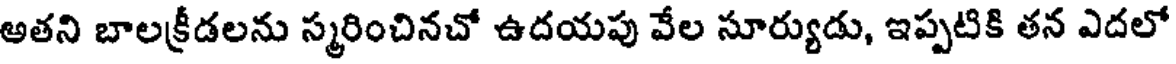
అతని బాలక్రీడలను స్మరించినచో ఉదయపు వేల సూర్యుడు, ఇప్పటికి తన ఎదలో